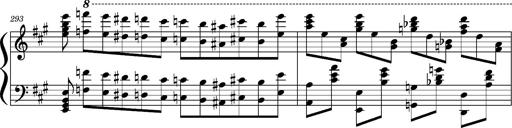
Title: Concerto sans orchestre, S.524a
Composer: Franz Liszt
Key: A major